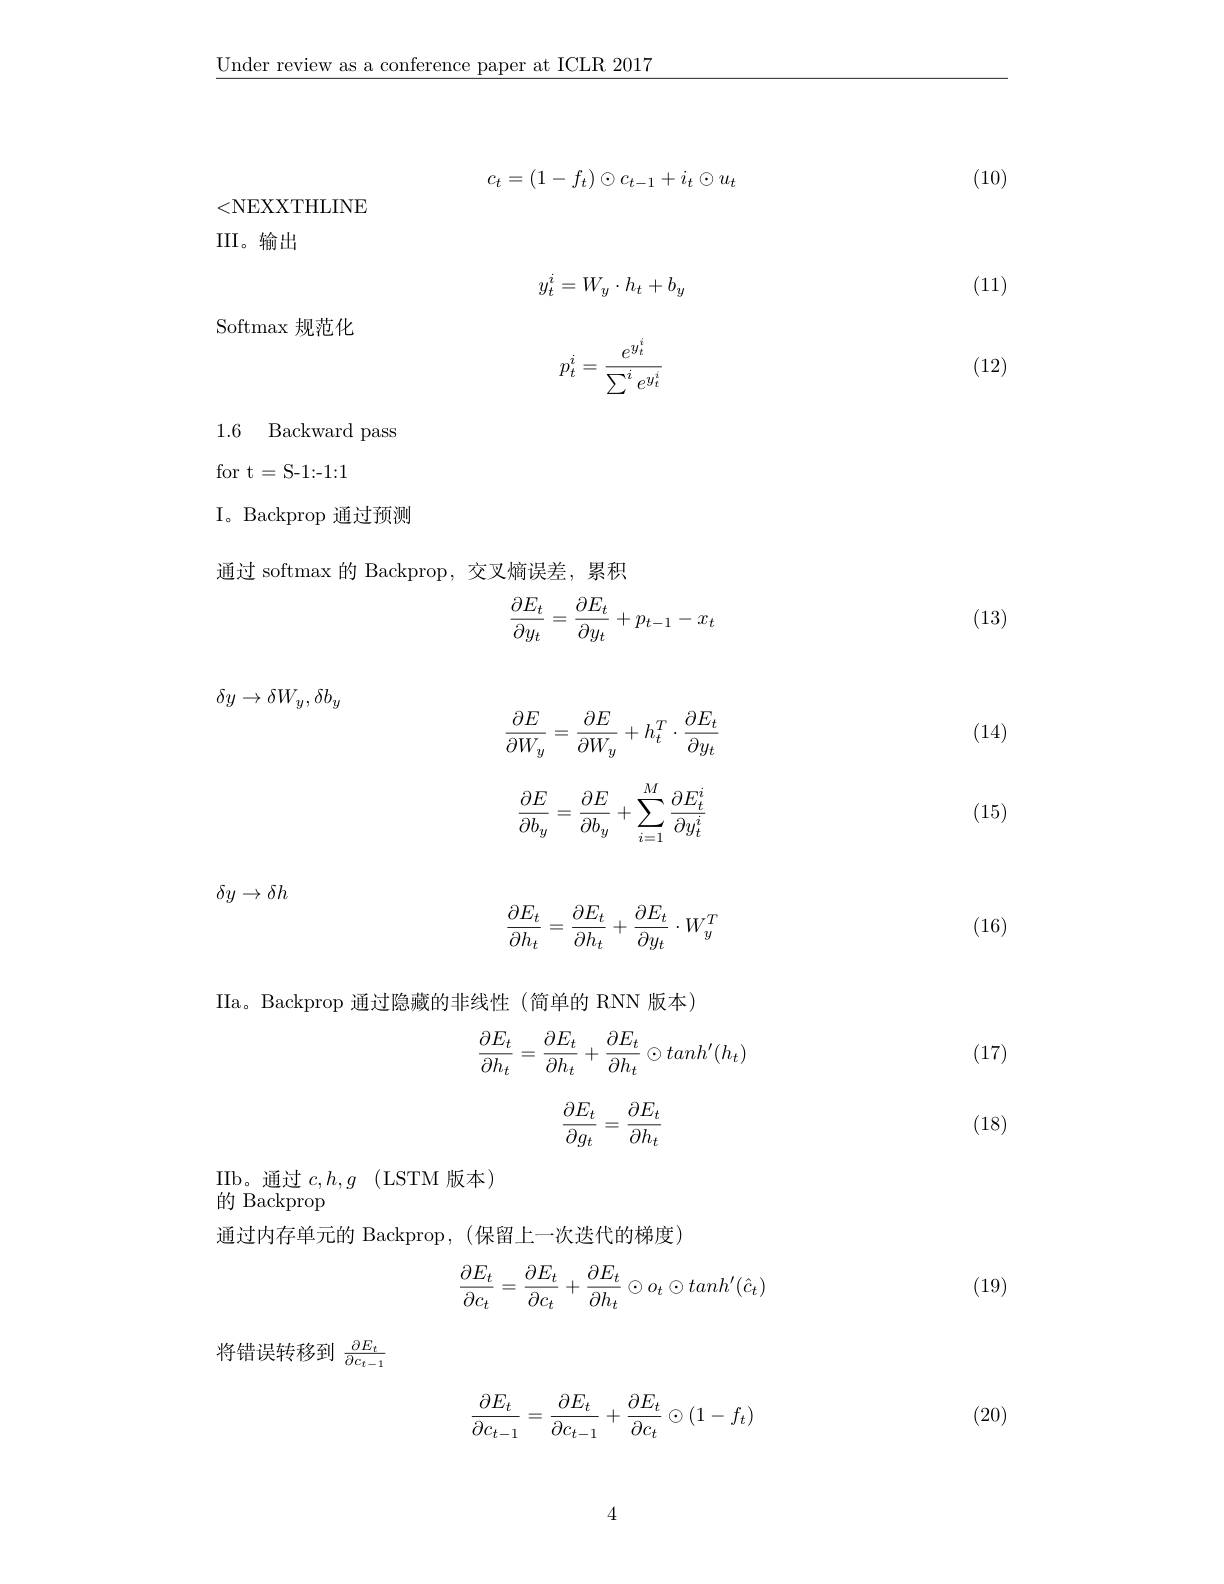
$\underline{\text{Under review as a conference paper at ICLR 2017}}$

(10)

(11)

(12)

(13)
$$c_t=(1-f_t)\odot c_{t-1}+i_t\odot u_t$$
<NEXXTHLINE
III。输出
$$y_t^i=W_y\cdot h_t+b_y$$
Softmax 规范化
$$p_t^i=\frac{e^{y_t^i}}{\sum^ie^{y_t^i}}$$
1.6 Backward pass

for t=S-1:-1:1

I。Backprop 通过预测

通过 softmax 的 Backprop, 交叉熵误差，累积
$$\begin{aligned}\frac{\partial E_t}{\partial y_t}=\frac{\partial E_t}{\partial y_t}+p_{t-1}-x_t\end{aligned}$$
$$\delta y\to\delta W_y,\delta b_y$$
$$\begin{aligned}\frac{\partial E}{\partial W_y}=\frac{\partial E}{\partial W_y}+h_t^T\cdot\frac{\partial E_t}{\partial y_t}\end{aligned}$$
$$\begin{aligned}\frac{\partial E}{\partial b_y}=\frac{\partial E}{\partial b_y}+\sum_{i=1}^M\frac{\partial E_t^i}{\partial y_t^i}\end{aligned}$$
$$\begin{aligned}\frac{\partial E_t}{\partial h_t}=\frac{\partial E_t}{\partial h_t}+\frac{\partial E_t}{\partial y_t}\cdot W_y^T\end{aligned}$$
$\delta y\to\delta h$

IIa。Backprop 通过隐藏的非线性(简单的 RNN 版本)
$$\begin{aligned}\frac{\partial E_t}{\partial h_t}=\frac{\partial E_t}{\partial h_t}+\frac{\partial E_t}{\partial h_t}\odot tanh'(h_t)\end{aligned}$$
$$\begin{aligned}\frac{\partial E_t}{\partial g_t}=\frac{\partial E_t}{\partial h_t}\end{aligned}$$
$\begin{array}{cc}\mathrm{IIb。通过~}c,h,g&\text{(LSTM 版本)}\\\end{array}$
的 Backprop

通过内存单元的 Backprop, (保留上一次迭代的梯度)
$$\begin{aligned}\frac{\partial E_t}{\partial c_t}=\frac{\partial E_t}{\partial c_t}+\frac{\partial E_t}{\partial h_t}\odot o_t\odot tanh'(\hat{c}_t)\end{aligned}$$
将错误转移到$\frac{\partial E_t}{\partial c_{t-1}}$
$$\begin{aligned}\frac{\partial E_t}{\partial c_{t-1}}=\frac{\partial E_t}{\partial c_{t-1}}+\frac{\partial E_t}{\partial c_t}\odot(1-f_t)\end{aligned}$$
(14)

(15)

(16)

(17)

(18)

(19)

(20)

4